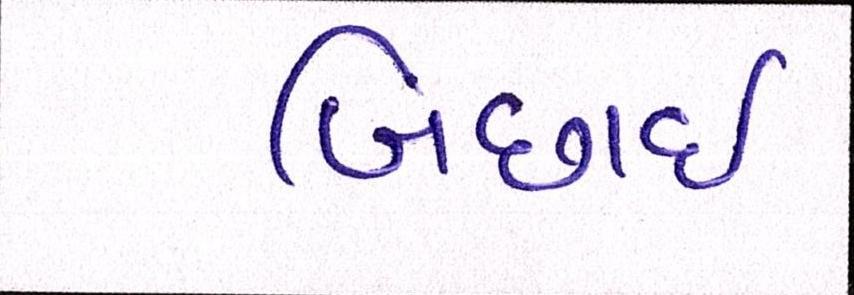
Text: બિછાઇ